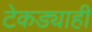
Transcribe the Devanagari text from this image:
टेकड्याही